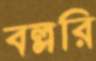
বল্লরি